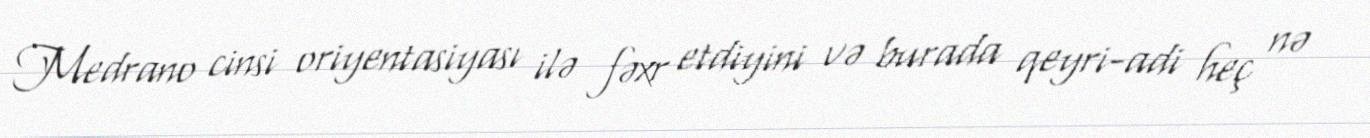
Medrano cinsi oriyentasiyası ilə fəxr etdiyini və burada qeyri-adi heç nə